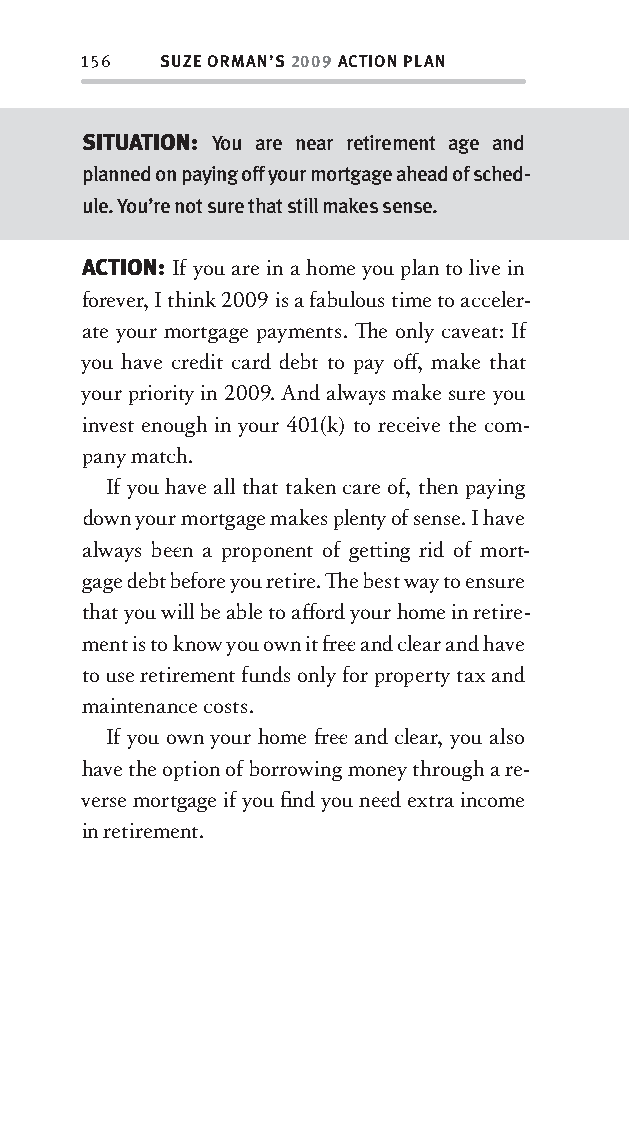
156  SUZE ORMAN’S 2009 ACTION PLAN
 SITUATION: You are near retirement age and
 planned on paying off your mortgage ahead of sched-
 ule. You’re not sure that still makes sense.
 ACTION: If you are in a home you plan to live in
 forever, I think 2009 is a fabulous time to acceler-
 ate your mortgage payments. Th e only caveat: If
 you have credit card debt to pay off , make that
 your priority in 2009. And always make sure you
 invest enough in your 401(k) to receive the com-
 pany match.
 If you have all that taken care of, then paying
 down your mortgage makes plenty of sense. I have
 always bee n a proponent of gett ing rid of mort-
 gage debt before you retire. Th e best way to ensure
 that you will be able to aff ord your home in retire-
 ment is to know you own it fr ee and clear and have
 to use retirement funds only for property tax and
 maintenance costs.
 If you own your home fr ee and clear, you also
 have the option of borrowing money through a re-
 verse mortgage if you fi nd you nee d extra income
 in retirement.
 OOrrmmaa__99778800338855553300993344__44pp__aallll__rr11..iinndddd 115566 1122//33//0088 99::3311::3311 AAMM